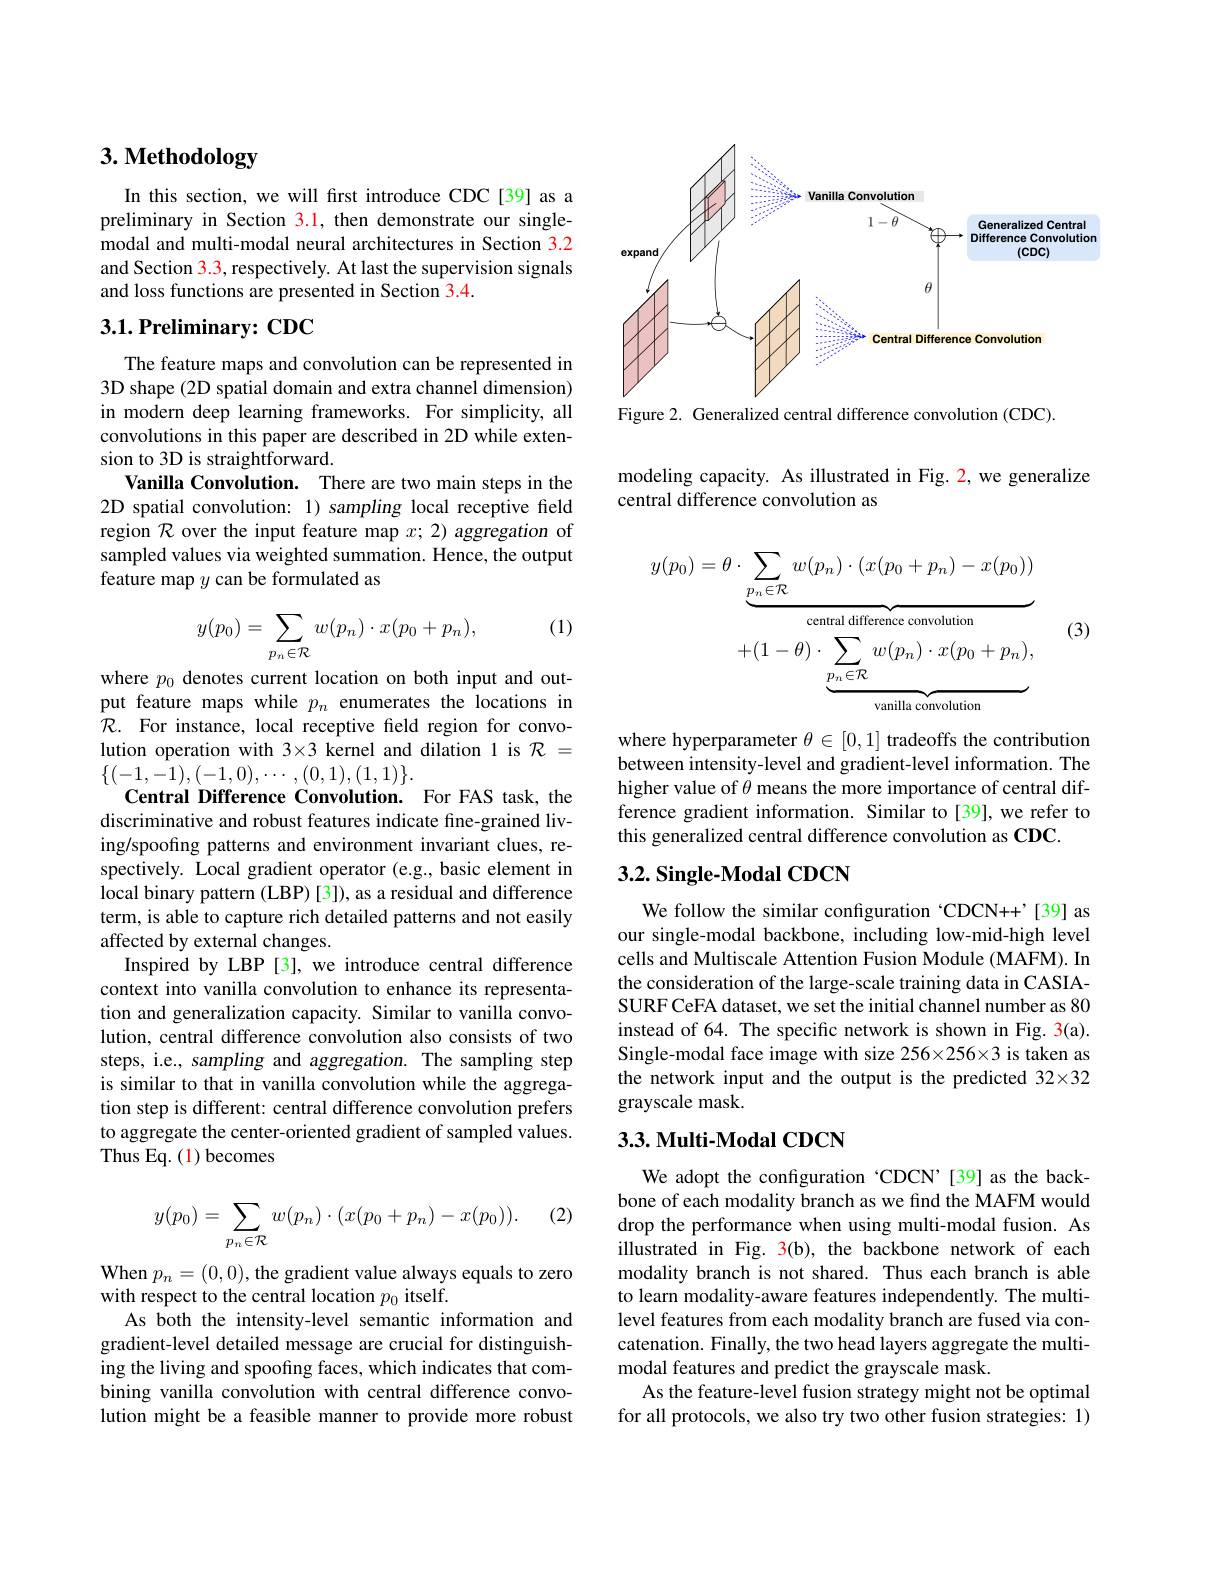
# 3. Methodology

In this section, we will frst introduce CDC[39] as a preliminary in Section 3.1, then demonstrate our singlemodal and multi-modal neural architectures in Section 3.2 and Section $\color{red}3.3$, respectively. At last the supervision signals and loss functions are presented in Section 3.4.

## 3.1. Preliminary: CDC

The feature maps and convolution can be represented in 3D shape (2D spatial domain and extra channel dimension) in modern deep learning frameworks. For simplicity, all convolutions in this paper are described in 2D while extension to 3D is straightforward.
Vanilla Convolution. There are two main steps in the 2D spatial convolution: 1) sampling local receptive field region $\mathcal{R}$ over the input feature map $x;2)$ aggregation of sampled values via weighted summation. Hence, the output feature map $y$ can be formulated as

(1)
$$y(p_0)=\sum_{p_n\in\mathcal R}w(p_n)\cdot x(p_0+p_n),$$
where $p_0$ denotes current location on both input and output feature maps while $p_n$ enumerates the locations in $\mathcal{R}.$ For instance, local receptive field region for convolution operation with $3\times3$ kernel and dilation 1 is $\mathcal{R}=$ $\{(-1,-1),(-1,0),\cdots,(0,1),(1,1)\}.$
Central Difference Convolution. For FAS task, the discriminative and robust features indicate fine-grained living/spoofing patterns and environment invariant clues, respectively. Local gradient operator (e.g.,basic element in local binary pattern (LBP) [3]), as a residual and difference term, is able to capture rich detailed patterns and not easily affected by external changes.
Inspired by LBP [3], we introduce central difference context into vanilla convolution to enhance its representation and generalization capacity. Similar to vanilla convolution, central difference convolution also consists of two steps, i.e., sampling and aggregation. The sampling step is similar to that in vanilla convolution while the aggregation step is different: central difference convolution prefers to aggregate the center-oriented gradient of sampled values. Thus Eq. (1) becomes

(2)
$$y(p_0)=\sum\limits_{p_n\in\mathcal R}w(p_n)\cdot(x(p_0+p_n)-x(p_0)).$$
When $p_n=(0,0)$, the gradient value always equals to zero
with respect to the central location $p_0$ itself.
As both the intensity-level semantic information and gradient-level detailed message are crucial for distinguishing the living and spoofing faces, which indicates that combining vanilla convolution with central difference convolution might be a feasible manner to provide more robust

<FigureHere>

Figure 2. Generalized central difference convolution (CDC).

modeling capacity. As illustrated in Fig. 2, we generalize
central difference convolution as

(3)
$$\begin{aligned}y(p_{0})&=\theta\cdot\underbrace{\sum_{p_{n}\in\mathcal{R}}w(p_{n})\cdot(x(p_{0}+p_{n})-x(p_{0}))}_{\text{central difference convolution}}\\&+(1-\theta)\cdot\underbrace{\sum_{p_{n}\in\mathcal{R}}w(p_{n})\cdot x(p_{0}+p_{n})}_{\text{vanilla convolution}},\end{aligned}$$
where hyperparameter $\theta\in[0,1]$ tradeoffs the contribution between intensity-level and gradient-level information. The higher value of $\theta$ means the more importance of central difference gradient information. Similar to[39],we refer to this generalized central difference convolution as CDC.

## $3. 2. \textbf{ Single- Modal CDCN}$

We follow the similar configuration ‘CDCN++’[39] as our single-modal backbone, including low-mid-high level cells and Multiscale Attention Fusion Module (MAFM). In the consideration of the large-scale training data in CASIASURF CeFA dataset, we set the initial channel number as 80 instead of 64. The specific network is shown in Fig. 3(a). Single-modal face image with size 256×256×3 is taken as the network input and the output is the predicted 32×32 grayscale mask.

### $3. 3. \textbf{Multi- Modal CDCN}$

We adopt the configuration 'CDCN'[39] as the backbone of each modality branch as we find the MAFM would drop the performance when using multi-modal fusion. As illustrated in Fig. 3(b), the backbone network of each modality branch is not shared. Thus each branch is able to learn modality-aware features independently. The multilevel features from each modality branch are fused via concatenation. Finally, the two head layers aggregate the multimodal features and predict the grayscale mask.
As the feature-level fusion strategy might not be optimal for all protocols, we also try two other fusion strategies: 1)